Civil Veterinary Department Bihar & Orissa reports 1929-36 - 1929-1936
Year: 1929
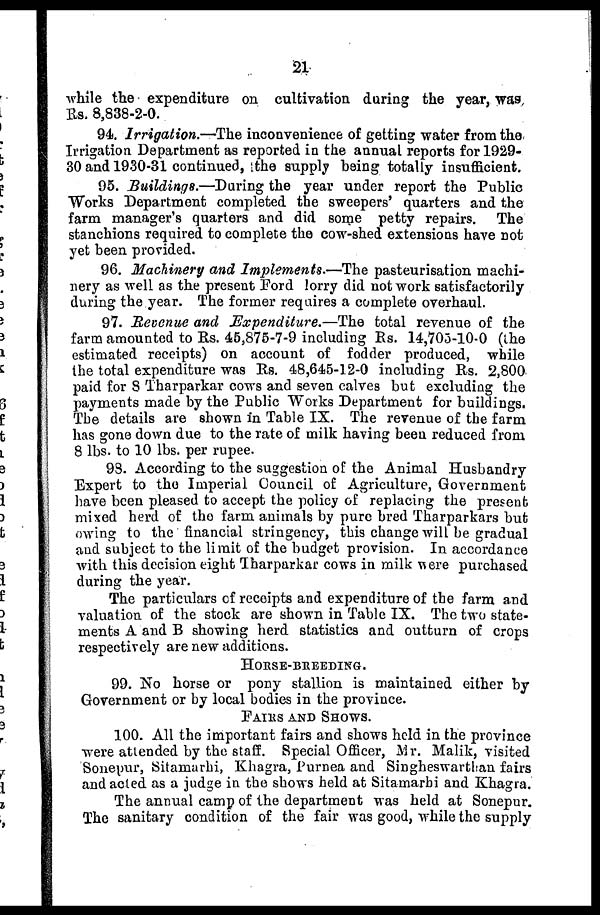
21
while the expenditure on cultivation during the year, was
Rs. 8,838-2-0.
94. Irrigation.—The inconvenience of getting water from the
Irrigation Department as reported in the annual reports for 1929-
30 and 1930-31 continued, the supply being totally insufficient.
95. Buildings.—During the year under report the Public
Works Department completed the sweepers' quarters and the
farm manager's quarters and did some petty repairs. The
stanchions required to complete the cow-shed extensions have not
yet been provided.
96. Machinery and Implements.—The pasteurisation machi-
nery as well as the present Ford lorry did not work satisfactorily
during the year. The former requires a complete overhaul.
97. Revenue and Expenditure.—The
total revenue of the
farm amounted to Rs. 45,875-7-9 including Rs. 14,705-10-0 (the
estimated receipts) on account of fodder produced, while
the total expenditure was Rs. 48,645-12-0 including Rs. 2,800
paid for 8 Tharparkar cows and seven calves but excluding the
payments made by the Public Works Department for buildings.
The details are shown in Table IX. The revenue of the farm
has gone down due to the rate of milk having been reduced from
8 lbs. to 10 lbs. per rupee.
98. According to the suggestion of the Animal Husbandry
Expert to the Imperial Council of Agriculture, Government
have been pleased to accept the policy of replacing the present
mixed herd of the farm animals by pure bred Tharparkars but
owing to the financial stringency, this change will be gradual
and subject to the limit of the budget provision. In accordance
with this decision eight Tharparkar cows in milk were purchased
during the year.
The particulars of receipts and expenditure of the farm and
valuation of the stock are shown in Table IX. The two state-
ments A and B showing herd statistics and outturn of crops
respectively are new additions.
HORSE-BREEDING.
99. No horse or pony stallion is maintained either by
Government or by local bodies in the province.
FAIRS AND SHOWS.
100. All the important fairs and shows held in the province
were attended by the staff. Special Officer, Mr. Malik, visited
Sonepur, Sitamarhi, Khagra, Purnea and Singheswarthan fairs
and acted as a judge in the shows held at Sitamarhi and Khagra.
The annual camp of the department was held at Sonepur.
The sanitary condition of the fair was good, while the supply